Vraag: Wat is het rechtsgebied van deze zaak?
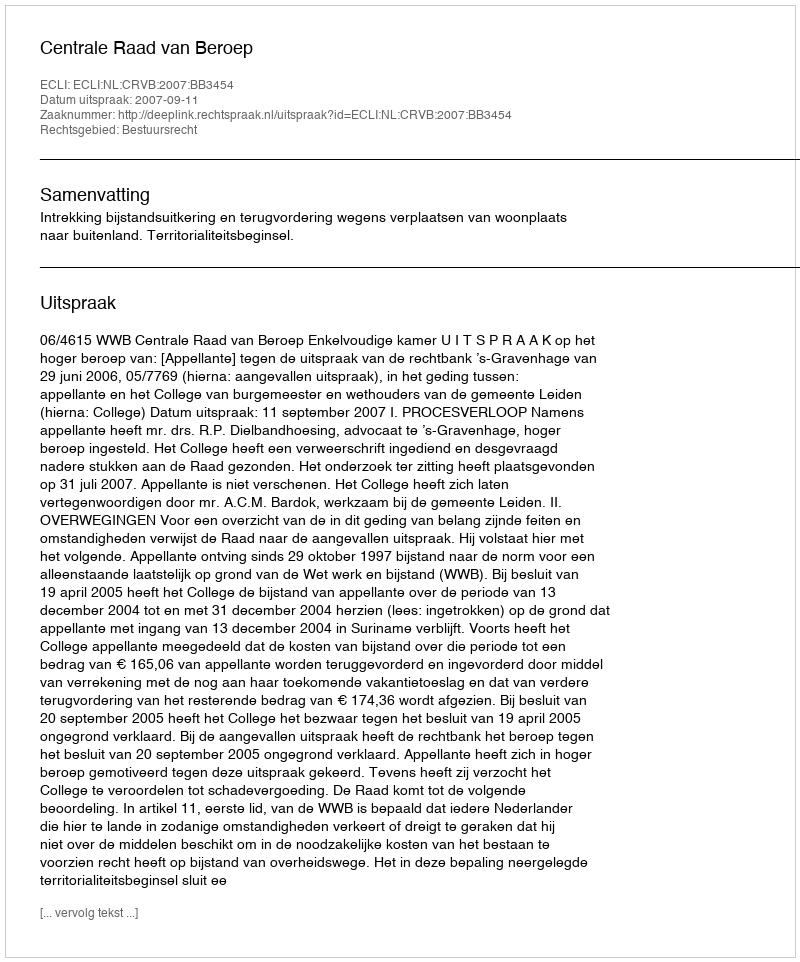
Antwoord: Bestuursrecht